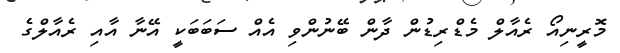
މޮރީނިއޯ ރެއާލް މެޑްރިޑުން ދާން ބޭނުންވި އެއް ސަބަބަކީ އޭނާ އާއި ރެއާލްގެ